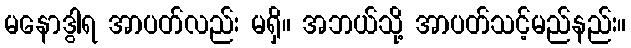
မနောဒွါရ အာပတ်လည်း မရှိ။ အဘယ်သို့ အာပတ်သင့်မည်နည်း။